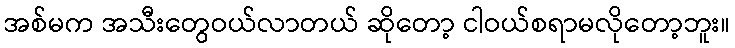
အစ်မက အသီးတွေဝယ်လာတယ် ဆိုတော့ ငါဝယ်စရာမလိုတော့ဘူး။